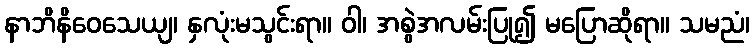
နာဘိနိဝေသေယျ၊ နှလုံးမသွင်းရာ။ ဝါ၊ အစွဲအလမ်းပြု၍ မပြောဆိုရာ။ သမညံ၊